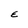
Character: E